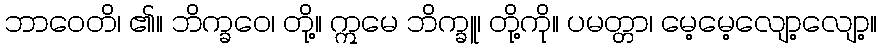
ဘာဝေတိ၊ ၏။ ဘိက္ခဝေ၊ တို့။ ဣမေ ဘိက္ခူ၊ တို့ကို။ ပမတ္တာ၊ မေ့မေ့လျော့လျော့။